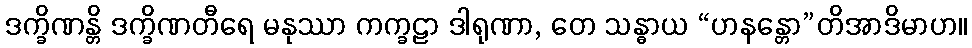
ဒက္ခိဏန္တိ ဒက္ခိဏတီရေ မနုဿာ ကက္ခဠာ ဒါရုဏာ, တေ သန္ဓာယ “ဟနန္တော”တိအာဒိမာဟ။